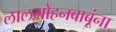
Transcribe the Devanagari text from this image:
लालमोहनबाबूंना